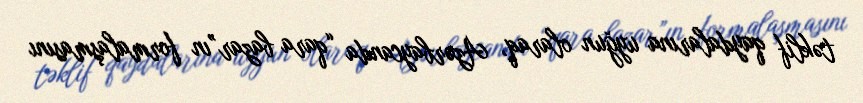
təklif qaydalarına uyğun olaraq, Azərbaycanda “qara bazar”ın formalaşmasını